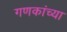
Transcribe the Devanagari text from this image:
गणकांच्या